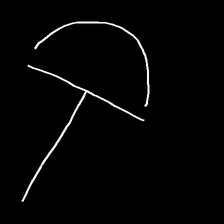
Glyph: dispersion